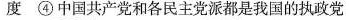
度④中国共产党和各民主党派都是我国的执政党